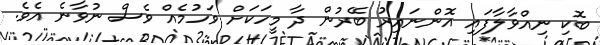
ބޮކި ނިއްވާލާފައި އޮންނައިރު ބޭރުން ދާ މީހަކަށް ވަހުމެއް ވެސް ނުވާނެ އެވެ.